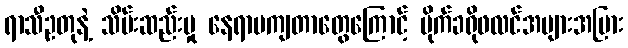
ရာသီဥတုနဲ့ သိမ်းဆည်းမှု နေရာမကျတာတွေကြောင့် မိုက်ခရိုဖလင်အများအပြား